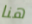
هنا